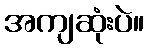
အကျဆုံးပဲ။